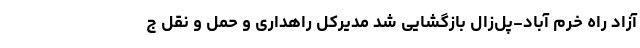
آزاد راه خرم آباد-پل‌زال بازگشایی شد مدیرکل راهداری و حمل و نقل ج